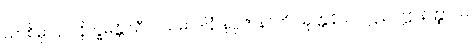
ယာစိမှာ ဥပနိက္ခမန္တိ သီလသမာဒါနံ နပ္ပဇာနာတိ သုတ္တနိပါတဋ္ဌ ဥပဋ္ဌာနတ္ထာယ